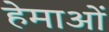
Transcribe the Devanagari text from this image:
हेमाओं